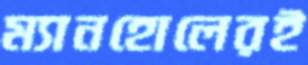
ম্যানহোলেরই